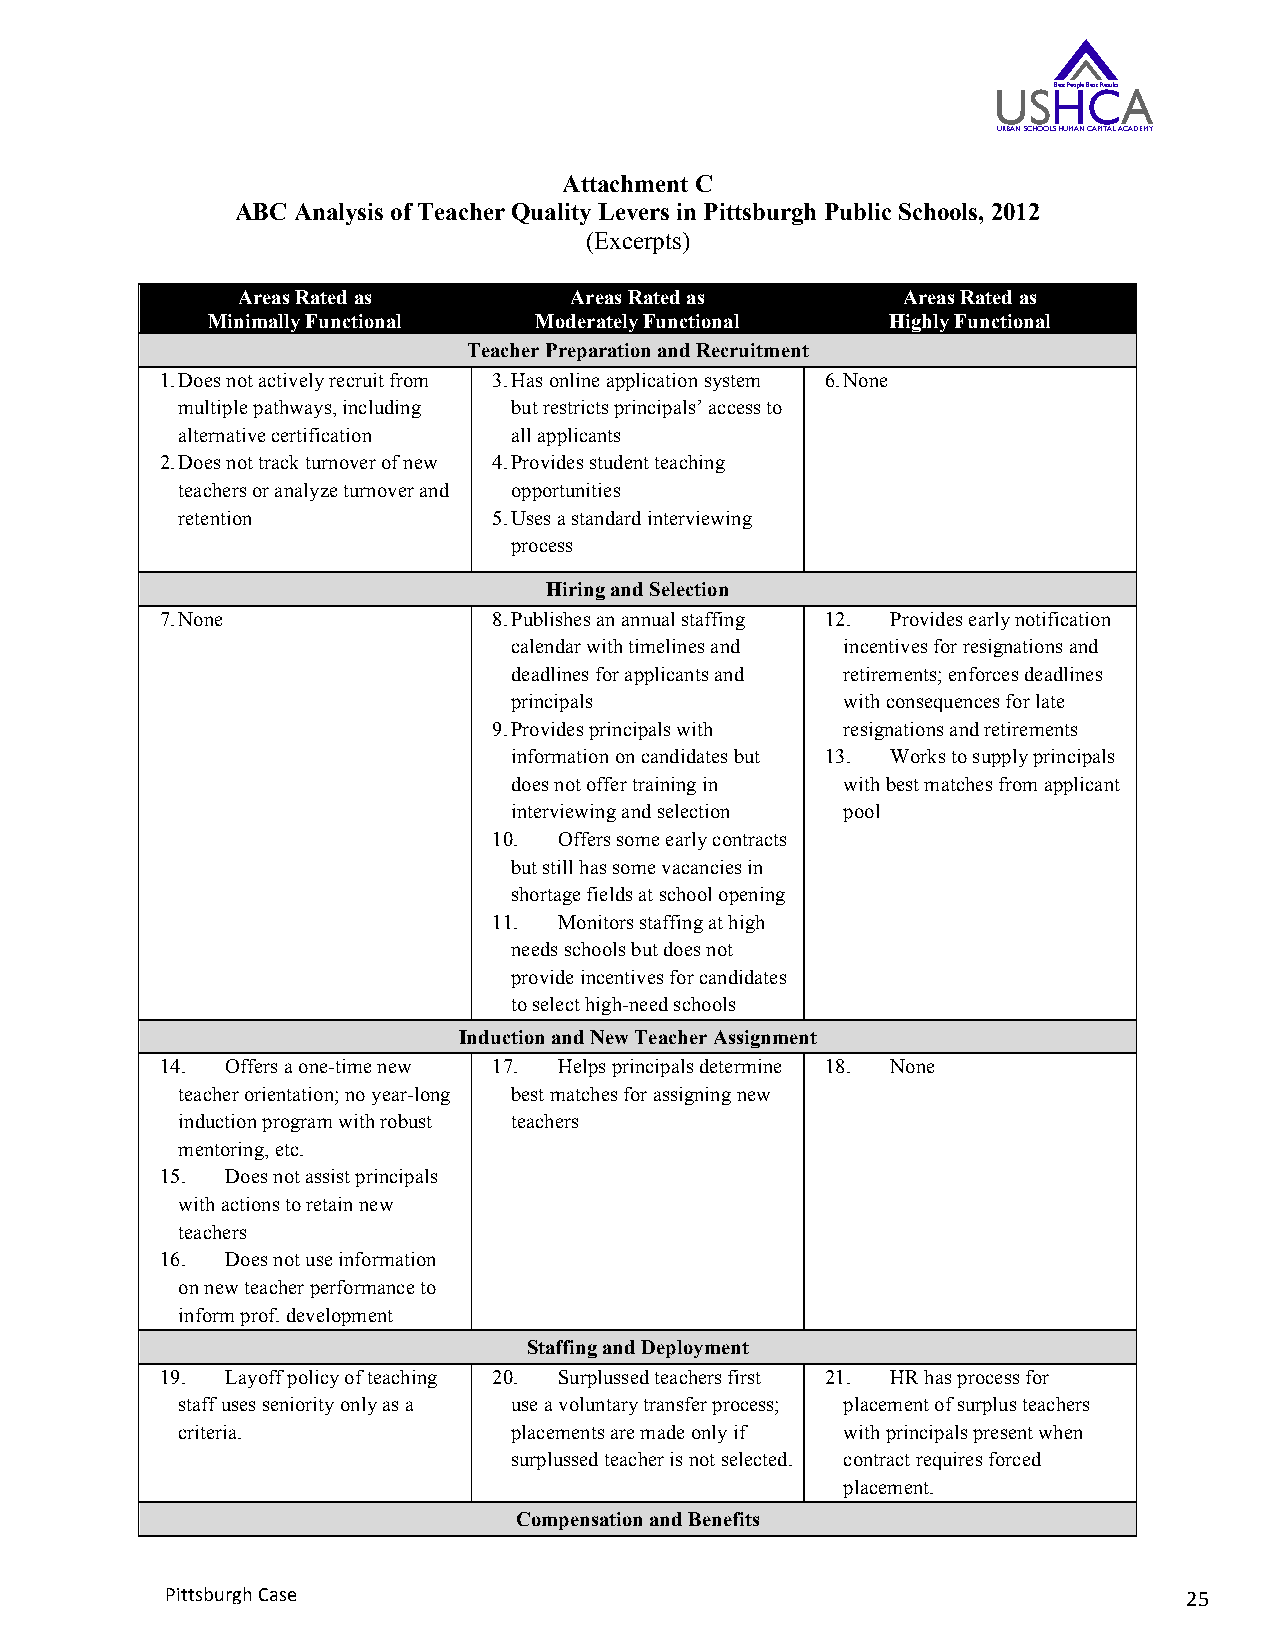
USHBest People CBest ResultsA
 URBAN SCHOOLS HUMAN CAPITAL ACADEMY
 Attachment C
 ABC Analysis of Teacher Quality Levers in Pittsburgh Public Schools, 2012
 (Excerpts)
 Areas Rated as        Areas Rated as        Areas Rated as
 Minimally Functional Moderately Functional   Highly Functional
 Teacher Preparation and Recruitment
 1. Does not actively recruit from 3. Has online application system 6. None
 multiple pathways, including but restricts principals’ access to
 alternative certification all applicants
 2. Does not track turnover of new 4. Provides student teaching
 teachers or analyze turnover and opportunities
 retention            5. Uses a standard interviewing
 process
 Hiring and Selection
 7. None               8. Publishes an annual staffing 12. Provides early notification
 calendar with timelines and incentives for resignations and
 deadlines for applicants and retirements; enforces deadlines
 principals            with consequences for late
 9. Provides principals with resignations and retirements
 information on candidates but 13. Works to supply principals
 does not offer training in with best matches from applicant
 interviewing and selection pool
 10. Offers some early contracts
 but still has some vacancies in
 shortage fields at school opening
 11. Monitors staffing at high
 needs schools but does not
 provide incentives for candidates
 to select high-need schools
 Induction and New Teacher Assignment
 14. Offers a one-time new 17. Helps principals determine 18. None
 teacher orientation; no year-long best matches for assigning new
 induction program with robust teachers
 mentoring, etc.
 15. Does not assist principals
 with actions to retain new
 teachers
 16. Does not use information
 on new teacher performance to
 inform prof. development
 Staffing and Deployment
 19. Layoff policy of teaching 20. Surplussed teachers first 21. HR has process for
 staff uses seniority only as a use a voluntary transfer process; placement of surplus teachers
 criteria.             placements are made only if with principals present when
 surplussed teacher is not selected. contract requires forced
 placement.
 Compensation and Benefits
 Pittsburgh Case                                                     25